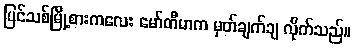
ပြင်သစ်မြို့စားကလေး မော်တီမာက မှတ်ချက်ချ လိုက်သည်။